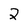
Character: 2